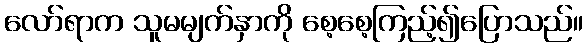
လော်ရာက သူမမျက်နှာကို စေ့စေ့ကြည့်၍ပြောသည်။